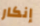
إنكار